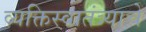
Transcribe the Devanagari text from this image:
व्यक्तिस्वातंत्र्याचे